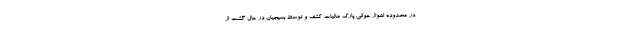
در محدوده اهواز حوالی پارک مالیات کشف و توسط بسیجیان در حال گشت از